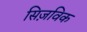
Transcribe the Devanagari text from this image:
सिज़विक